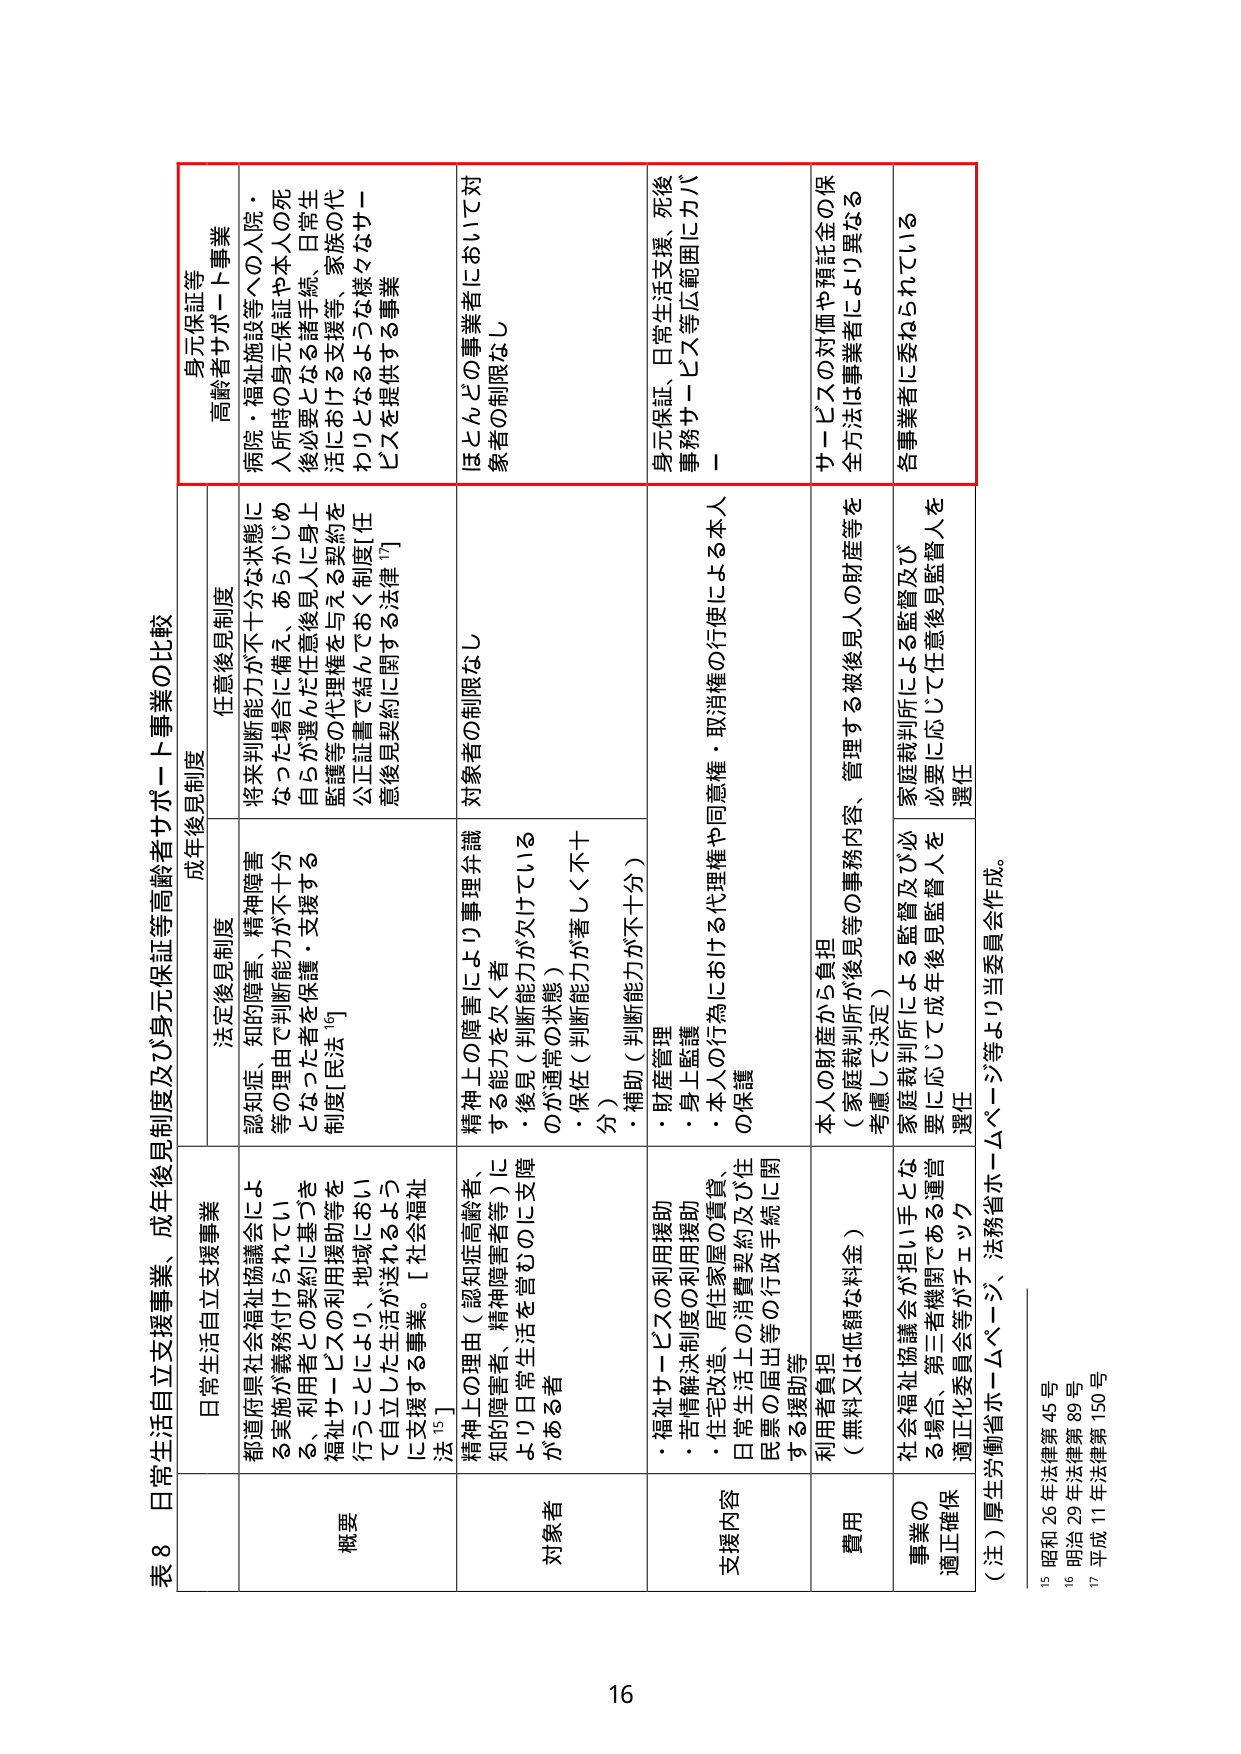
表8 日常生活自立支援事業、成年後見制度及び身元保証等高齢者サポート事業の比較

日常生活自立支援事業
概要
都道府県社会福祉協議会による実施が義務付けられてい
る、利用者との契約に基づき
福祉サービスの利用援助等を
行うことにより、地域におい
て自立した生活が送れるよう
に支援する事業。[社会福祉
法¹⁵]

対象者
精神上の理由（認知症高齢者、
知的障害者、精神障害者等）に
より日常生活を営むのに支障
がある者

支援内容
・福祉サービスの利用援助
・苦情解決制度の利用援助
・住宅改造、居住家屋の賃貸、
日常生活上の消費契約及び住
民票の届出等の行政手続に関
する援助等

費用
利用者負担
（無料又は低額な料金）

事業の
適正確保
社会福祉協議会が担い手とな
る場合、第三者機関である運営
適正化委員会等がチェック

法定後見制度
対象者
認知症、知的障害、精神障害
等の理由で判断能力が不十分
となった者を保護・支援する
制度[民法¹⁶]

成年後見制度
対象者
精神上の障害により事務弁識
する能力を欠く者
・後見（判断能力が欠けている
のが通常の状態）
・保佐（判断能力が著しく不十
分）
・補助（判断能力が不十分）

支援内容
・財産管理
・身上監護
・本人の行為における代理権や同意権・取消権の行使による本人
の保護

費用
本人の財産から負担
（家庭裁判所が後見等の事務内容、管理する被後見人の財産等を
考慮して決定）

事業の
適正確保
家庭裁判所による監督及び必
要に応じて成年後見監督人を
選任

任意後見制度
対象者
将来判断能力が不十分な状態に
なった場合に備え、あらかじめ
自らが選んだ任意後見人に身上
監護等の代理権を与える契約を
公正証書で結んでおく制度[任
意後見契約に関する法律¹⁷]

支援内容
－

費用
－

事業の
適正確保
家庭裁判所による監督及び
必要に応じて任意後見監督人を
選任

身元保証等
高齢者サポート事業
対象者
病院・福祉施設等への入院・
入所時の身元保証や本人の死
後必要となる諸手続、日常生
活における支援等、家族の代
わりとなるような様々なサー
ビスを提供する事業

支援内容
身元保証、日常生活支援、死後
事務サービス等広範囲にカバー

費用
サービスの対価や預託金の保
全方法は事業者により異なる

事業の
適正確保
各事業者に委ねられている

（注）厚生労働省ホームページ等より当委員会作成。

¹⁵ 昭和26年法律第45号
¹⁶ 明治29年法律第89号
¹⁷ 平成11年法律第150号

16